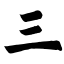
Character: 三